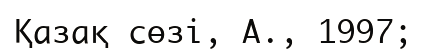
Қазақ сөзі, А., 1997;